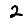
Digit: 2